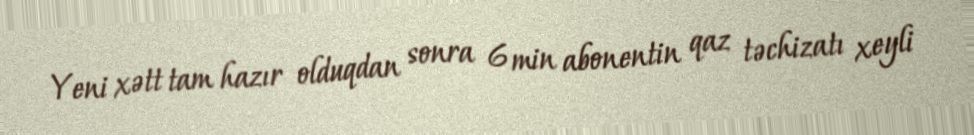
Yeni xətt tam hazır olduqdan sonra 6 min abonentin qaz təchizatı xeyli